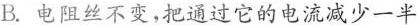
B.电阻丝不变，把通过它的电流减少一半